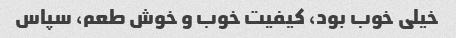
خیلی خوب بود، کیفیت خوب و خوش طعم، سپاس